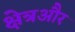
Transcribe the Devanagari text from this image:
क्षेत्रऔर